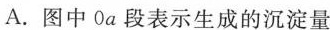
A.图中0_{a}段表示生成的沉淀量